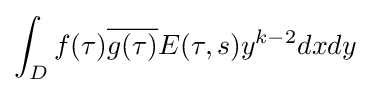
\displaystyle \int _{D}f(\tau ){\overline {g(\tau )}}E(\tau ,s)y^{k-2}dxdy